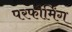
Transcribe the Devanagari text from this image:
परफौर्मिंग